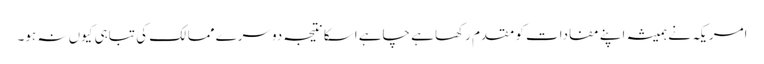
امریکہ نے ہمیشہ اپنے مفادات کو مقدم رکھا ہے چاہے اسکا نتیجہ دوسرے ممالک کی تباہی کیوں نہ ہو۔